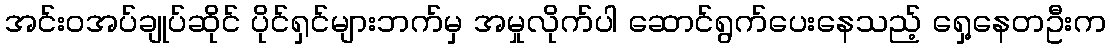
အင်းဝအပ်ချုပ်ဆိုင် ပိုင်ရှင်များဘက်မှ အမှုလိုက်ပါ ဆောင်ရွက်ပေးနေသည့် ရှေ့နေတဦးက